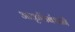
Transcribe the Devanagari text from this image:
आकृतिबंधाने